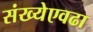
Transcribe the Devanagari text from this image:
संख्येएवढा